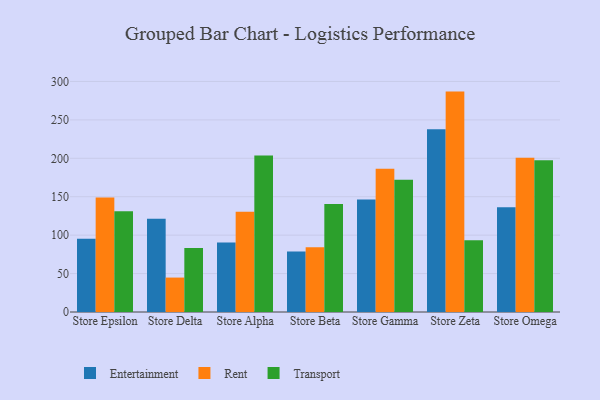
{"axis": {"x": "Store", "y": "Churn Rate (%)"}, "legend": ["Entertainment", "Rent", "Transport"], "data": [{"x": "Store Epsilon", "y": 95.3, "type": "Entertainment"}, {"x": "Store Epsilon", "y": 149.0, "type": "Rent"}, {"x": "Store Epsilon", "y": 131.1, "type": "Transport"}, {"x": "Store Delta", "y": 121.2, "type": "Entertainment"}, {"x": "Store Delta", "y": 44.8, "type": "Rent"}, {"x": "Store Delta", "y": 83.4, "type": "Transport"}, {"x": "Store Alpha", "y": 90.4, "type": "Entertainment"}, {"x": "Store Alpha", "y": 130.4, "type": "Rent"}, {"x": "Store Alpha", "y": 203.6, "type": "Transport"}, {"x": "Store Beta", "y": 78.6, "type": "Entertainment"}, {"x": "Store Beta", "y": 84.2, "type": "Rent"}, {"x": "Store Beta", "y": 140.5, "type": "Transport"}, {"x": "Store Gamma", "y": 146.5, "type": "Entertainment"}, {"x": "Store Gamma", "y": 186.3, "type": "Rent"}, {"x": "Store Gamma", "y": 172.1, "type": "Transport"}, {"x": "Store Zeta", "y": 237.7, "type": "Entertainment"}, {"x": "Store Zeta", "y": 286.8, "type": "Rent"}, {"x": "Store Zeta", "y": 93.5, "type": "Transport"}, {"x": "Store Omega", "y": 136.2, "type": "Entertainment"}, {"x": "Store Omega", "y": 200.6, "type": "Rent"}, {"x": "Store Omega", "y": 197.6, "type": "Transport"}]}